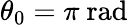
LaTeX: \theta_{0}=\pi~\mathrm{rad}